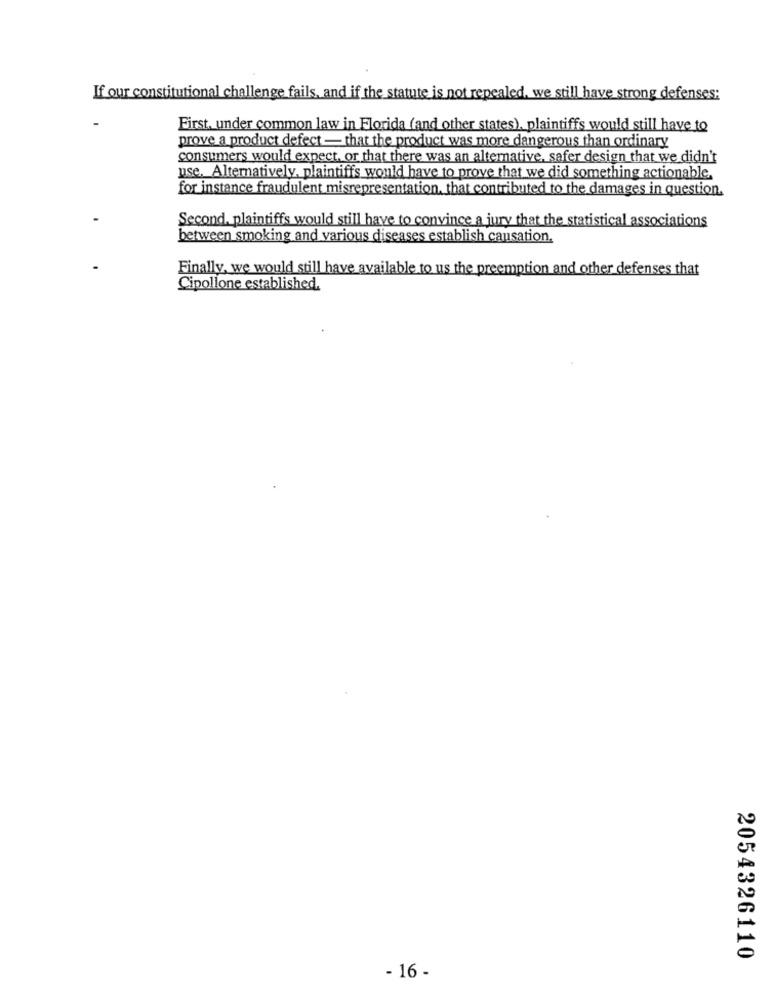
If our constitutional challenge fails, and if the statute is not repealed, we still have strong defenses:
First. under common law in Florida (and other states), plaintiffs would still have to
prove a product defect - that the product was more dangerous than ordinary
consumers would expect, or that there was an alternative, safer design that we didn't
use. Alternatively, plaintiffs would have to prove that we did something actionable.
for instance fraudulent misrepresentation, that contributed to the damages in question.
Second. plaintiffs would still have to convince a jury that the statistical associations
between smoking and various diseases establish causation.
Finally, we would still have available to us the preemption and other defenses that
Cipollone established.
2054326110
- 16 -